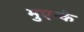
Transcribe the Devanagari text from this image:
मुएन्के